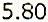
5.80